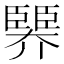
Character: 臩